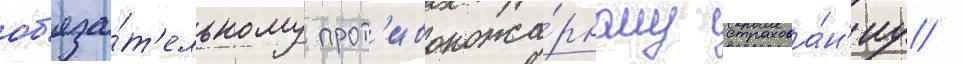
об'яза́т'ельному прот'ивопожа́рному страхова́н'иу /